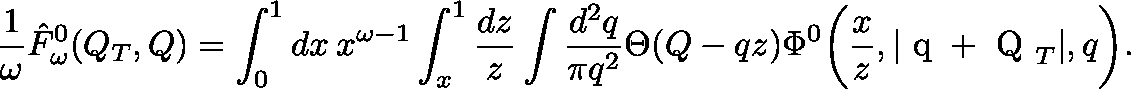
\frac { 1 } { \omega } \hat { F } _ { \omega } ^ { 0 } ( Q _ { T } , Q ) = \int _ { 0 } ^ { 1 } d x \: x ^ { \omega - 1 } \int _ { x } ^ { 1 } \frac { d z } { z } \int \frac { d ^ { 2 } q } { \pi q ^ { 2 } } \Theta ( Q - q z ) \Phi ^ { 0 } \biggl ( \frac { x } { z } , | \mathrm { \boldmath ~ q ~ } + \mathrm { \boldmath ~ Q ~ } _ { T } | , q \biggr ) .